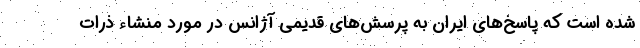
شده است که پاسخ‌های ایران به پرسش‌های قدیمی آژانس در مورد منشاء ذرات